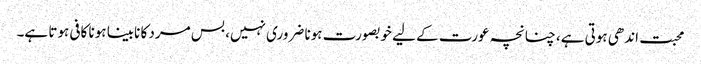
محبت اندھی ہوتی ہے، چنانچہ عورت کے لیے خوبصورت ہونا ضروری نہیں، بس مرد کا نابینا ہونا کافی ہوتا ہے۔